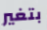
بتغير